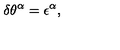
\delta \theta ^ { \alpha } = \epsilon ^ { \alpha } ,